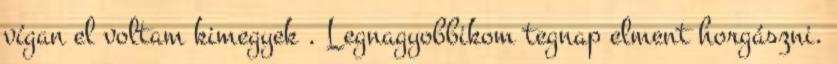
vígan el voltam kimegyek . Legnagyobbikom tegnap elment horgászni.